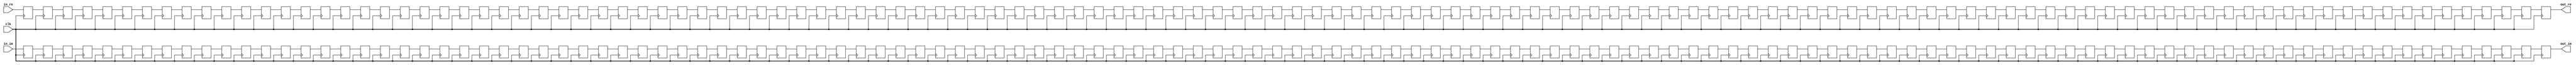
module DelayBuffer #(
    parameter   DEPTH = 128,
    parameter   WIDTH = 14
)(
    input clk,  
    input   [WIDTH-1:0] in_re,  //  Data Input (Real)
    input   [WIDTH-1:0] in_im,  //  Data Input (Imag)
    output  [WIDTH-1:0] out_re,  //  Data Output (Real)
    output  [WIDTH-1:0] out_im   //  Data Output (Imag)
);

reg [WIDTH-1:0] buf_re[0:DEPTH-1];
reg [WIDTH-1:0] buf_im[0:DEPTH-1];
integer n;

always @(posedge clk) begin
    for (n = DEPTH-1; n > 0; n = n - 1) begin
        buf_re[n] <= buf_re[n-1];
        buf_im[n] <= buf_im[n-1];
    end
    buf_re[0] <= in_re;
    buf_im[0] <= in_im;
end

assign  out_re = buf_re[DEPTH-1];
assign  out_im = buf_im[DEPTH-1];

endmodule